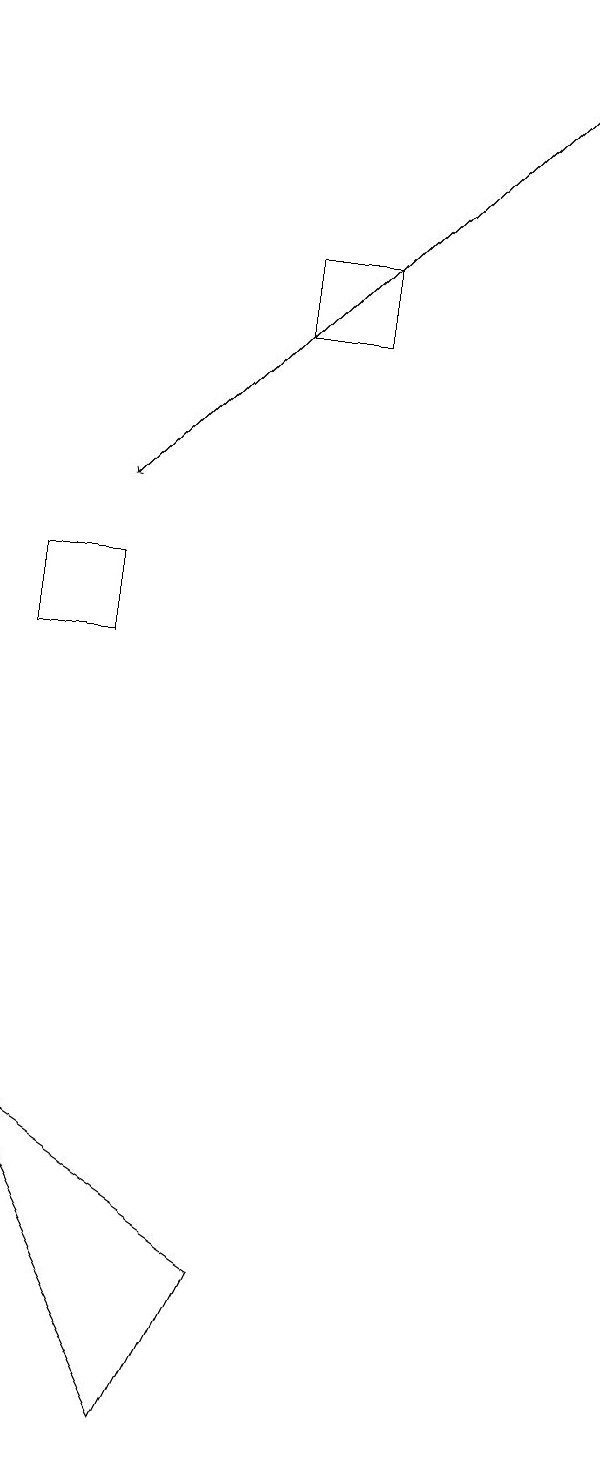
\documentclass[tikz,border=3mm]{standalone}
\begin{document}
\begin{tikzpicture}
\draw (2,0) -- (3,2) -- (0,4) -- cycle;
\draw (3,14) rectangle (4,15);
\draw[->] (7,18) -- (1,12);
\draw (0,11) rectangle (1,10);
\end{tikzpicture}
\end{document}